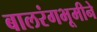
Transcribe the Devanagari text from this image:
बालरंगभूमीने